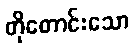
တိုတောင်းသော